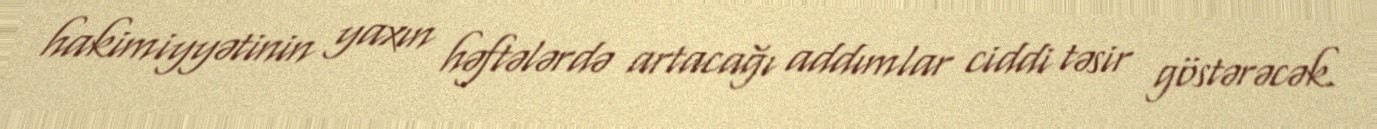
hakimiyyətinin yaxın həftələrdə artacağı addımlar ciddi təsir göstərəcək.